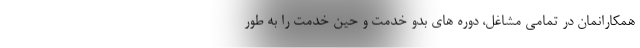
همکارانمان در تمامی مشاغل، دوره های بدو خدمت و حین خدمت را به طور